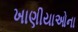
ખાણીયાઓના